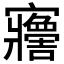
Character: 𡬋